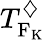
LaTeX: T_{\mathrm{F_{\mathrm{K}}}}^{\diamondsuit}